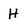
Character: H